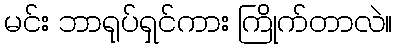
မင်း ဘာရုပ်ရှင်ကား ကြိုက်တာလဲ။